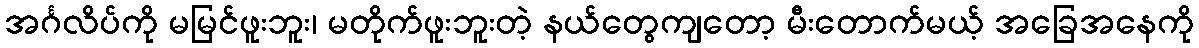
အင်္ဂလိပ်ကို မမြင်ဖူးဘူး၊ မတိုက်ဖူးဘူးတဲ့ နယ်တွေကျတော့ မီးတောက်မယ့် အခြေအနေကို